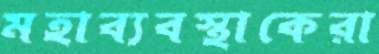
মহাব্যবস্থাকেরা